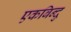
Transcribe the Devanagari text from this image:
एकबिन्दु